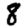
Digit: 8